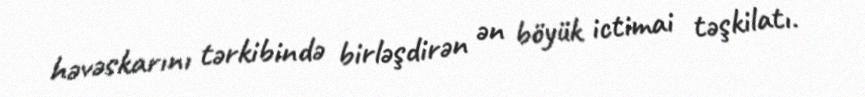
həvəskarını tərkibində birləşdirən ən böyük ictimai təşkilatı.